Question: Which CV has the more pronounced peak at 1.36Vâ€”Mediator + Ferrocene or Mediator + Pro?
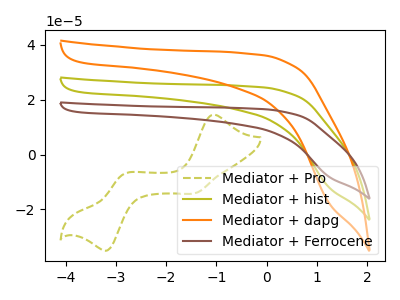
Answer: <think>The olive dashed curve "Mediator + Pro" has anodic peaks at (-1.05V, 14.55uA) (-2.85V, -7.15uA) and cathodic peaks at (-1.40V, -13.90uA) (-3.15V, -34.80uA). The olive curve "Mediator + hist" has no peaks. The orange curve "Mediator + dapg" has no peaks. The brown curve "Mediator + Ferrocene" has no peaks.</think>
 <answer>"Mediator + Ferrocene" and "Mediator + Pro" dont share a peak at 1.36V.</answer>
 <eval>mismatch</eval>